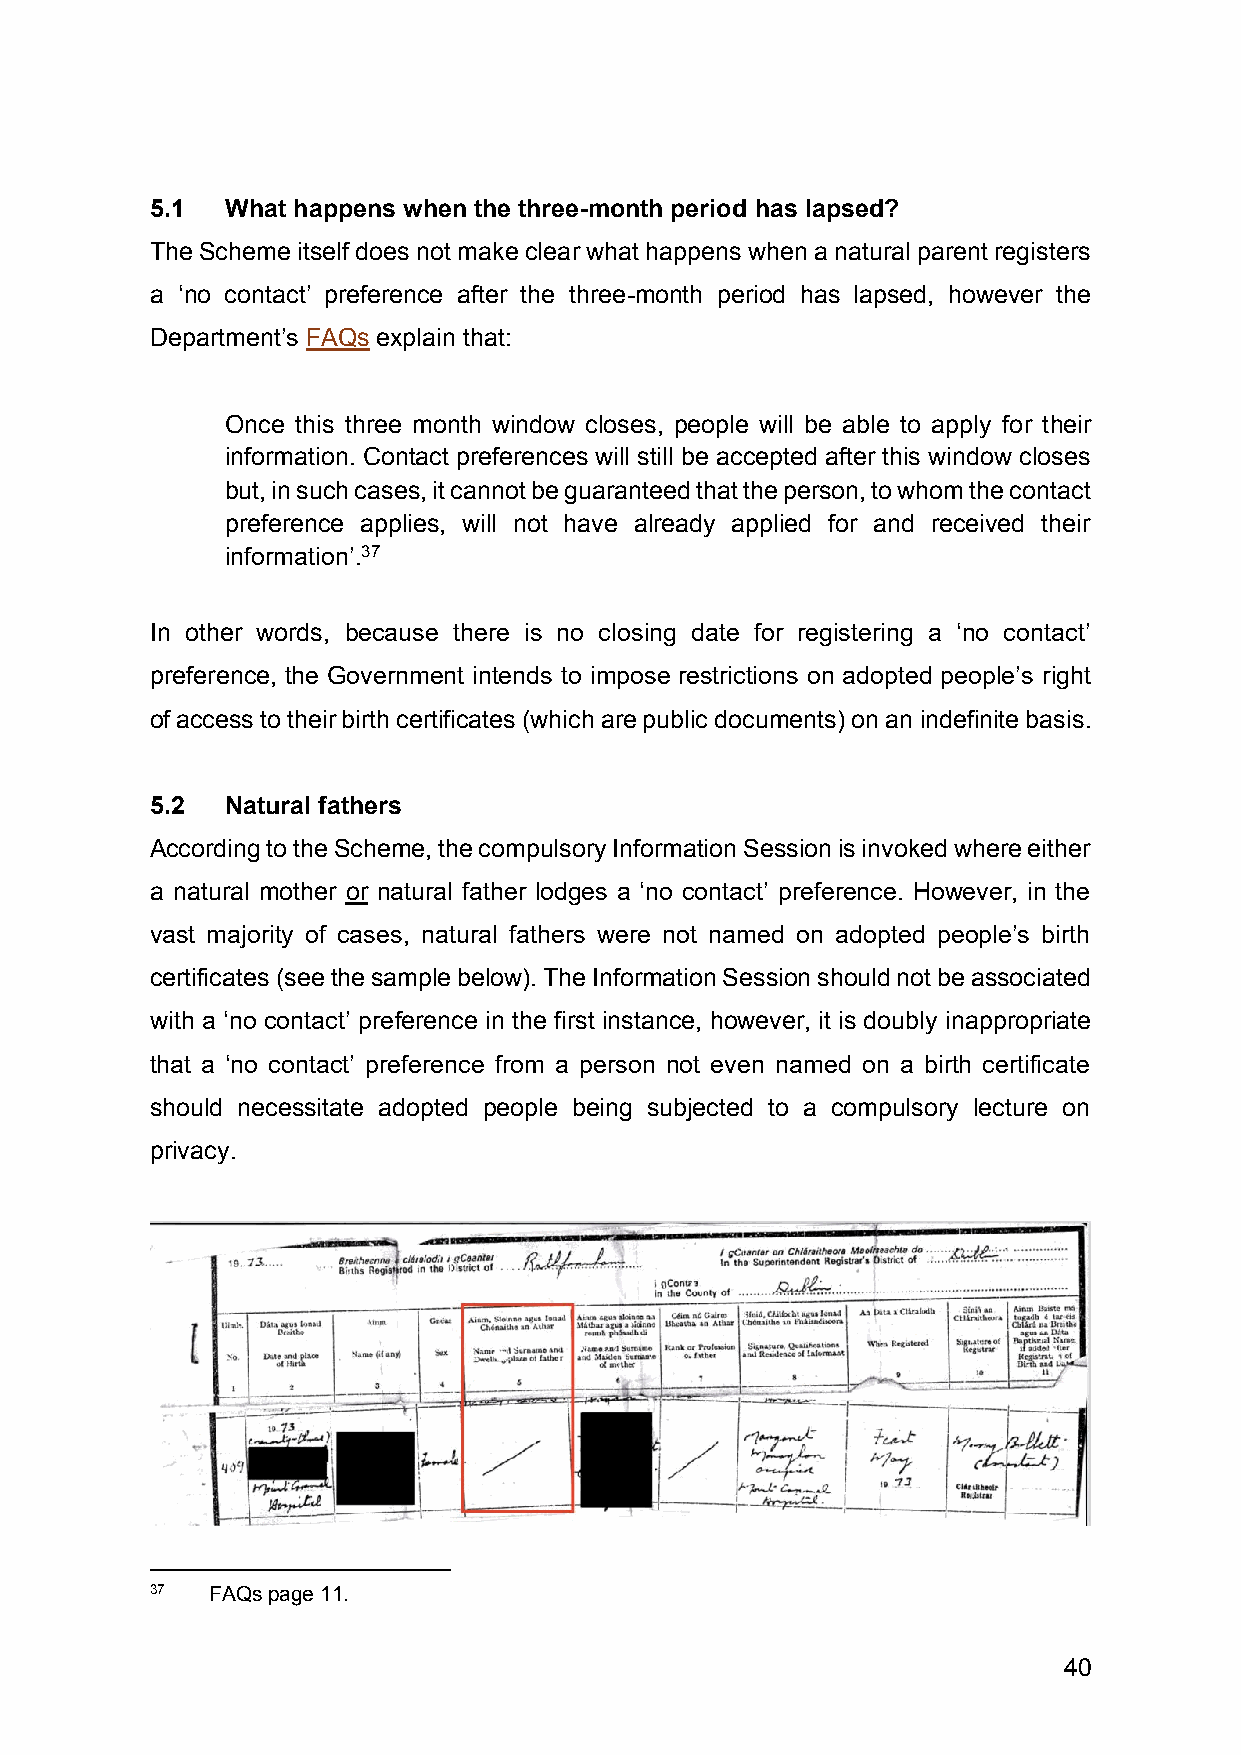
5.1  What happens when the three-month period has lapsed?
 The Scheme itself does not make clear what happens when a natural parent registers
 a ‘no contact’ preference after the three-month period has lapsed, however the
 Department’s FAQs explain that:
 Once this three month window closes, people will be able to apply for their
 information. Contact preferences will still be accepted after this window closes
 but, in such cases, it cannot be guaranteed that the person, to whom the contact
 preference applies, will not have already applied for and received their
 information’.37
 In other words, because there is no closing date for registering a ‘no contact’
 preference, the Government intends to impose restrictions on adopted people’s right
 of access to their birth certificates (which are public documents) on an indefinite basis.
 5.2  Natural fathers
 According to the Scheme, the compulsory Information Session is invoked where either
 a natural mother or natural father lodges a ‘no contact’ preference. However, in the
 vast majority of cases, natural fathers were not named on adopted people’s birth
 certificates (see the sample below). The Information Session should not be associated
 with a ‘no contact’ preference in the first instance, however, it is doubly inappropriate
 that a ‘no contact’ preference from a person not even named on a birth certificate
 should necessitate adopted people being subjected to a compulsory lecture on
 privacy.
 37  FAQs page 11.
 40